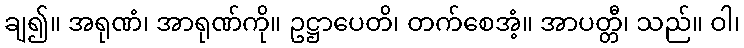
ချ၍။ အရုဏံ၊ အာရုဏ်ကို။ ဥဋ္ဌာပေတိ၊ တက်စေအံ့။ အာပတ္တီ၊ သည်။ ဝါ၊